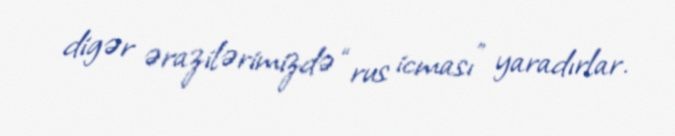
digər ərazilərimizdə “rus icması” yaradırlar.